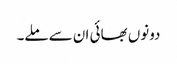
دونوں بھائی ان سے ملے۔